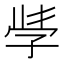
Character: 𭓇